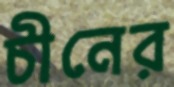
চীনের